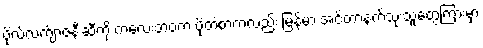
ဗိုလ်လက်ျာဇနီးဆီကို ကလေးဘဝက ပို့တဲ့စာကလည်း မြန်မာ အင်တာနက်သုံးသူတွေကြားမှာ